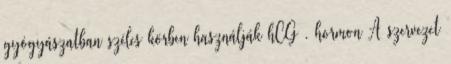
gyógyászatban széles körben használják hCG . hormon A szervezet